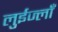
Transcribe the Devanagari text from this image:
लुईज्लाँ